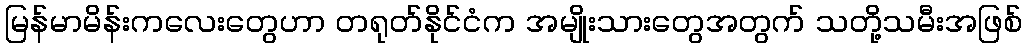
မြန်မာမိန်းကလေးတွေဟာ တရုတ်နိုင်ငံက အမျိုးသားတွေအတွက် သတို့သမီးအဖြစ်